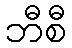
ဘီစီ